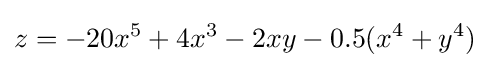
z=-20x^{5}+4x^{3}-2xy-0.5(x^{4}+y^{4})